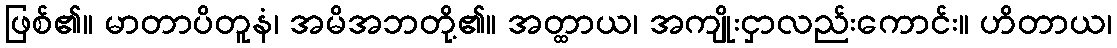
ဖြစ်၏။ မာတာပိတူနံ၊ အမိအဘတို့၏။ အတ္ထာယ၊ အကျိုးငှာလည်းကောင်း။ ဟိတာယ၊